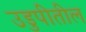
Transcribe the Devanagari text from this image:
उडुपीतील